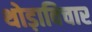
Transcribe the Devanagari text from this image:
थोड़ाविचार